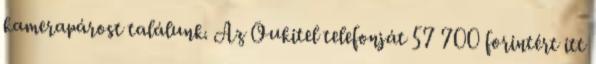
kamerapárost találunk. Az Oukitel telefonját 57 700 forintért itt